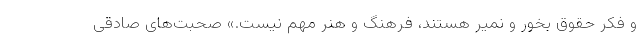
و فکر حقوق بخور و نمیر هستند، فرهنگ و هنر مهم نیست.» صحبت‌های صادقی